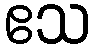
ဧသ